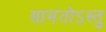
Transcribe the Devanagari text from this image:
सामंतोऽस्तु